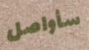
سأواصل